Treatise on elephants
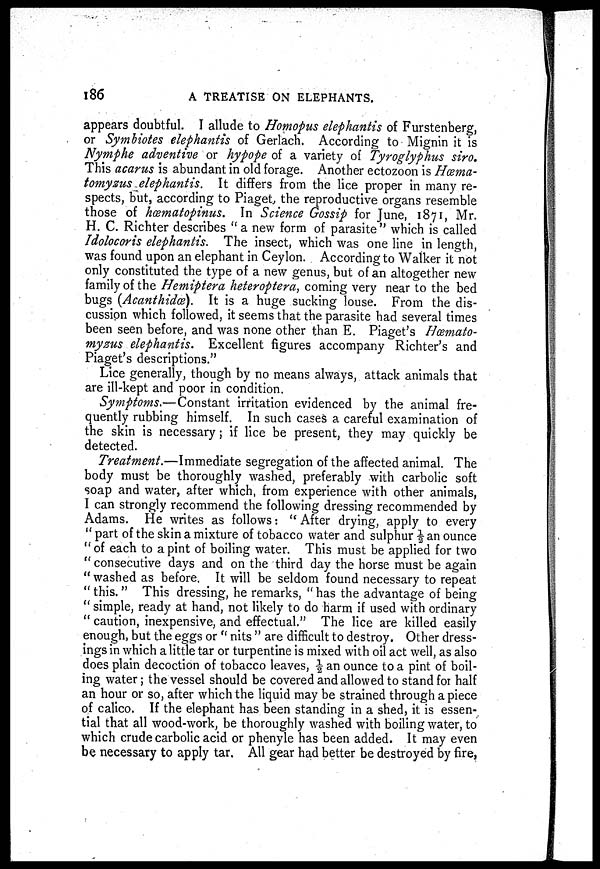
186
A TREATISE ON ELEPHANTS.
appears doubtful. I allude to Homopus elephantis of Furstenberg,
or Symbiotes elephantis of Gerlach. According to Mignin it is
Nymphe adventive or hypope of a variety of Tyroglyphus siro.
This acarus is abundant in old forage. Another ectozoon is Hcema-
tomysus elephantis. It differs from the lice proper in many re-
spects, but, according to Piaget, the reproductive organs resemble
those of hœmatopinus. In Science Gossip for June, 1871, Mr.
H. C. Richter describes " a new form of parasite" which is called
Idolocoris elephantis. The insect, which was one line in length,
was found upon an elephant in Ceylon. According to Walker it not
only constituted the type of a new genus, but of an altogether new
family of the Hemiptera heteroptera, coming very near to the bed
bugs (Acanthidœ). It is a huge sucking louse. From the dis-
cussion which followed, it seems that the parasite had several times
been seen before, and was none other than E. Piaget's Hœmato-
myzus elephantis. Excellent figures accompany Richter's and
Piaget's descriptions."
Lice generally, though by no means always, attack animals that
are ill-kept and poor in condition.
Symptoms.—Constant irritation evidenced by the animal fre-
quently rubbing himself. In such cases a careful examination of
the skin is necessary; if lice be present, they may quickly be
detected.
Treatment.—Immediate segregation of the affected animal. The
body must be thoroughly washed, preferably with carbolic soft
soap and water, after which, from experience with other animals,
I can strongly recommend the following dressing recommended by
Adams. He writes as follows: " After drying, apply to every
" part of the skin a mixture of tobacco water and sulphur ½ an ounce
" of each to a pint of boiling water. This must be applied for two
" consecutive days and on the third day the horse must be again
" washed as before. It will be seldom found necessary to repeat
" this." This dressing, he remarks, " has the advantage of being
" simple, ready at hand, not likely to do harm if used with ordinary
" caution, inexpensive, and effectual." The lice are killed easily
enough, but the eggs or " nits " are difficult to destroy. Other dress-
ings in which a little tar or turpentine is mixed with oil act well, as also
does plain decoction of tobacco leaves, ½ an ounce to a pint of boil-
ing water; the vessel should be covered and allowed to stand for half
an hour or so, after which the liquid may be strained through a piece
of calico. If the elephant has been standing in a shed, it is essen-
tial that all wood-work, be thoroughly washed with boiling water, to
which crude carbolic acid or phenyle has been added. It may even
be necessary to apply tar. All gear had better be destroyed by fire,